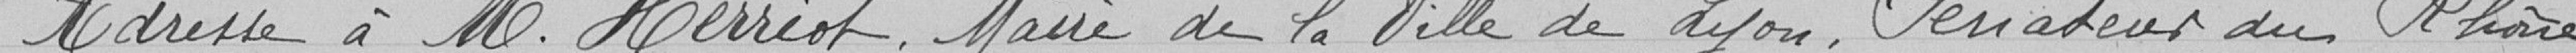
Adresse à M. Herriot, Maire de la Ville de Lyon, Sénateur du Rhône